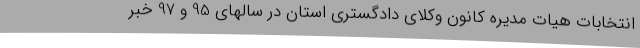
انتخابات هیات مدیره کانون وکلای دادگستری استان در سالهای 95 و 97 خبر